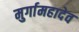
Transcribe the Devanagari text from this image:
मुर्गामहादेव